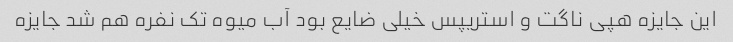
این جایزه هپی ناگت و استریپس خیلی ضایع بود آب میوه تک نفره هم شد جایزه